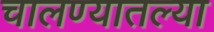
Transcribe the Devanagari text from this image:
चालण्यातल्या